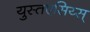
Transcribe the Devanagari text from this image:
युस्तएसिय्स्